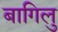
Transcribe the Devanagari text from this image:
बागिलु